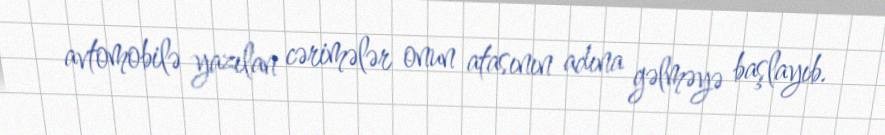
avtomobilə yazılan cərimələr onun atasının adına gəlməyə başlayıb.